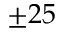
\pm 2 5